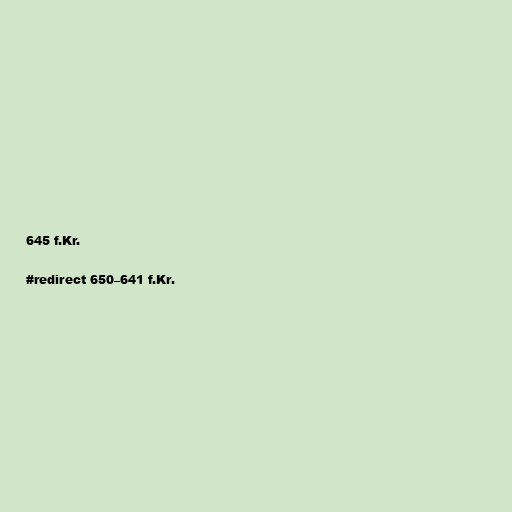
645 f.Kr.

#redirect 650–641 f.Kr.